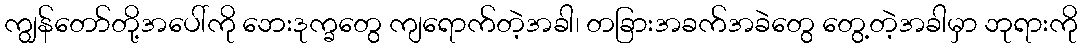
ကျွန်တော်တို့အပေါ်ကို ဘေးဒုက္ခတွေ ကျရောက်တဲ့အခါ၊ တခြားအခက်အခဲတွေ တွေ့တဲ့အခါမှာ ဘုရားကို